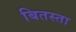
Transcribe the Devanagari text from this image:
बितस्ता